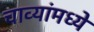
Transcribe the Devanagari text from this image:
चाव्यांमध्ये